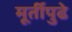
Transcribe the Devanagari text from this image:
मूर्तीपुढे